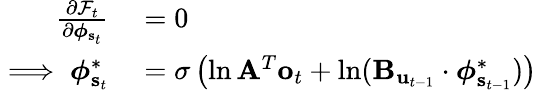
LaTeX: \begin{array}{rl}{\frac{\partial\mathcal{F}_{t}}{\partial\boldsymbol{\phi}_{\mathbf{s}_{t}}}}&{{}=0}\\ {\implies\boldsymbol{\phi}_{\mathbf{s}_{t}}^{*}}&{{}=\sigma\left(\ln\mathbf{A}^{T}\mathbf{o}_{t}+\ln(\mathbf{B}_{\mathbf{u}_{t-1}}\cdot\boldsymbol{\phi}_{\mathbf{s}_{t-1}}^{*})\right)}\end{array}